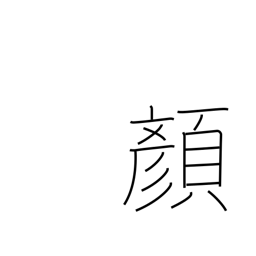
Meaning: expression